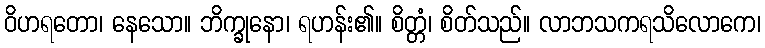
ဝိဟရတော၊ နေသော။ ဘိက္ခုနော၊ ရဟန်း၏။ စိတ္တံ၊ စိတ်သည်။ လာဘသကရသိလောကေ၊